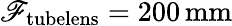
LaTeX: \mathscr{F}_{\mathrm{{tubelens}}}=200\, \textup{{mm}}